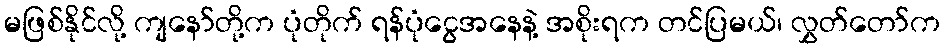
မဖြစ်နိုင်လို့ ကျနော်တို့က ပုံတိုက် ရန်ပုံငွေအနေနဲ့ အစိုးရက တင်ပြမယ်၊ လွှတ်တော်က